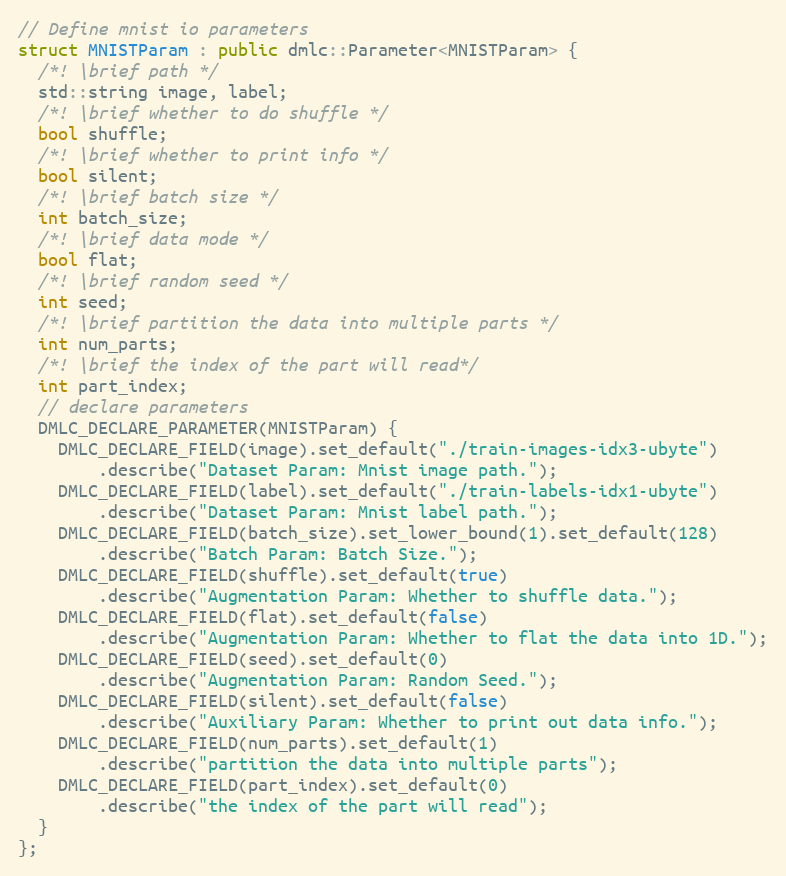
Language: C++
// Define mnist io parameters
struct MNISTParam : public dmlc::Parameter<MNISTParam> {
  /*! \brief path */
  std::string image, label;
  /*! \brief whether to do shuffle */
  bool shuffle;
  /*! \brief whether to print info */
  bool silent;
  /*! \brief batch size */
  int batch_size;
  /*! \brief data mode */
  bool flat;
  /*! \brief random seed */
  int seed;
  /*! \brief partition the data into multiple parts */
  int num_parts;
  /*! \brief the index of the part will read*/
  int part_index;
  // declare parameters
  DMLC_DECLARE_PARAMETER(MNISTParam) {
    DMLC_DECLARE_FIELD(image).set_default("./train-images-idx3-ubyte")
        .describe("Dataset Param: Mnist image path.");
    DMLC_DECLARE_FIELD(label).set_default("./train-labels-idx1-ubyte")
        .describe("Dataset Param: Mnist label path.");
    DMLC_DECLARE_FIELD(batch_size).set_lower_bound(1).set_default(128)
        .describe("Batch Param: Batch Size.");
    DMLC_DECLARE_FIELD(shuffle).set_default(true)
        .describe("Augmentation Param: Whether to shuffle data.");
    DMLC_DECLARE_FIELD(flat).set_default(false)
        .describe("Augmentation Param: Whether to flat the data into 1D.");
    DMLC_DECLARE_FIELD(seed).set_default(0)
        .describe("Augmentation Param: Random Seed.");
    DMLC_DECLARE_FIELD(silent).set_default(false)
        .describe("Auxiliary Param: Whether to print out data info.");
    DMLC_DECLARE_FIELD(num_parts).set_default(1)
        .describe("partition the data into multiple parts");
    DMLC_DECLARE_FIELD(part_index).set_default(0)
        .describe("the index of the part will read");
  }
};